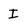
Character: I